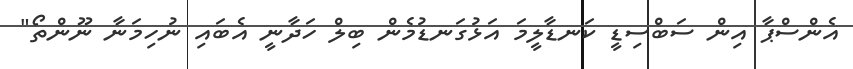
އެންސްޕާ އިން ސަބްސިޑީ ކަނޑާލީމަ އަޅުގަނޑުމެން ބިލް ހަދާނީ އެބައި ނުހިމަނާ ނޫންތޯ"